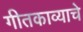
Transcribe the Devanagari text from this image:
गीतकाव्याचे